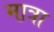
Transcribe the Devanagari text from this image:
मा़त्रा